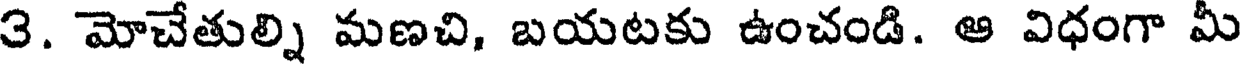
3. మోచేతుల్ని మణచి, బయటకు ఉంచండి. ఆ విధంగా మీ